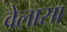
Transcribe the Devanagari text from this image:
वेलासा